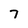
Character: 7